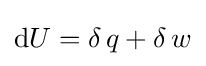
\mathrm {d} U=\delta \,q+\delta \,w